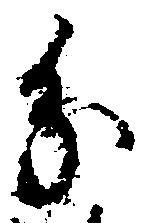
分